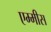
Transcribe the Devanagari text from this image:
एम्मीस